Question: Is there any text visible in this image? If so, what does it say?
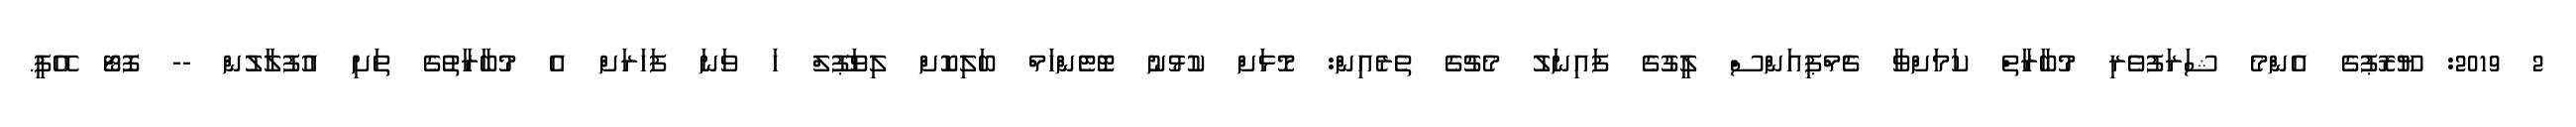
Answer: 2 2019: ޔޫރޮޕުގެ އެންމެ ޝަރަފުވެރި މުބާރާތް ކަމަށްވާ ޗެމްޕިއަންސް ލީގުގެ ފައިނަލު މެޗުގެ ތެރެއިން: މޮޅަށް ކުޅުނު ޓޮޓެންހަމް ބަލިކޮށް ލިވަޕޫލް ހަ ވަނަ ފަހަރަށް އެ މުބާރާތުގެ ތަށި އުފުލާލުން -- ފޮޓޯ އޭޕީ.